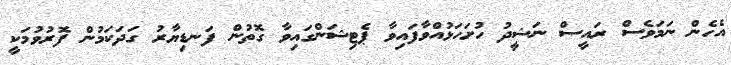
އެހެން ނަމަވެސް ރައީސް ނަޝީދު ހުށަހަޅުއްވާފައިވާ ޕެޓިޝަންގައިވާ ގޮތުން ފަނޑިޔާރު ގަދަކަމުން ފޮރުވުމަކީ